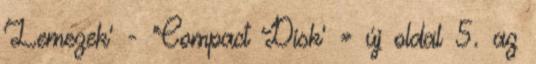
'Lemezek' - 'Compact Disk' » új oldal 5. az